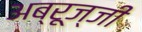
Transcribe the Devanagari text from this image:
अब्रूज्जी